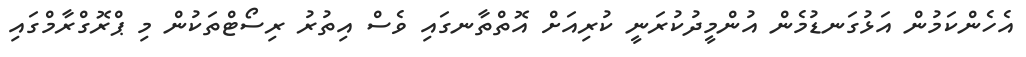
އެހެންކަމުން އަޅުގަނޑުމެން އުންމީދުކުރަނީ ކުރިއަށް އޮތްތާނގައި ވެސް އިތުރު ރިސޯޓްތަކުން މި ޕްރޮގްރާމްގައި